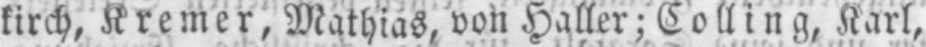
kirch, Kremer, Mathias, von Haller; Colling, Karl,